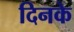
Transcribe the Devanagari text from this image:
दिनके